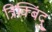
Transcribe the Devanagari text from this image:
त्रिक्बिंदु